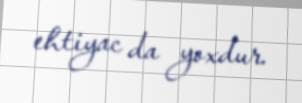
ehtiyac da yoxdur.